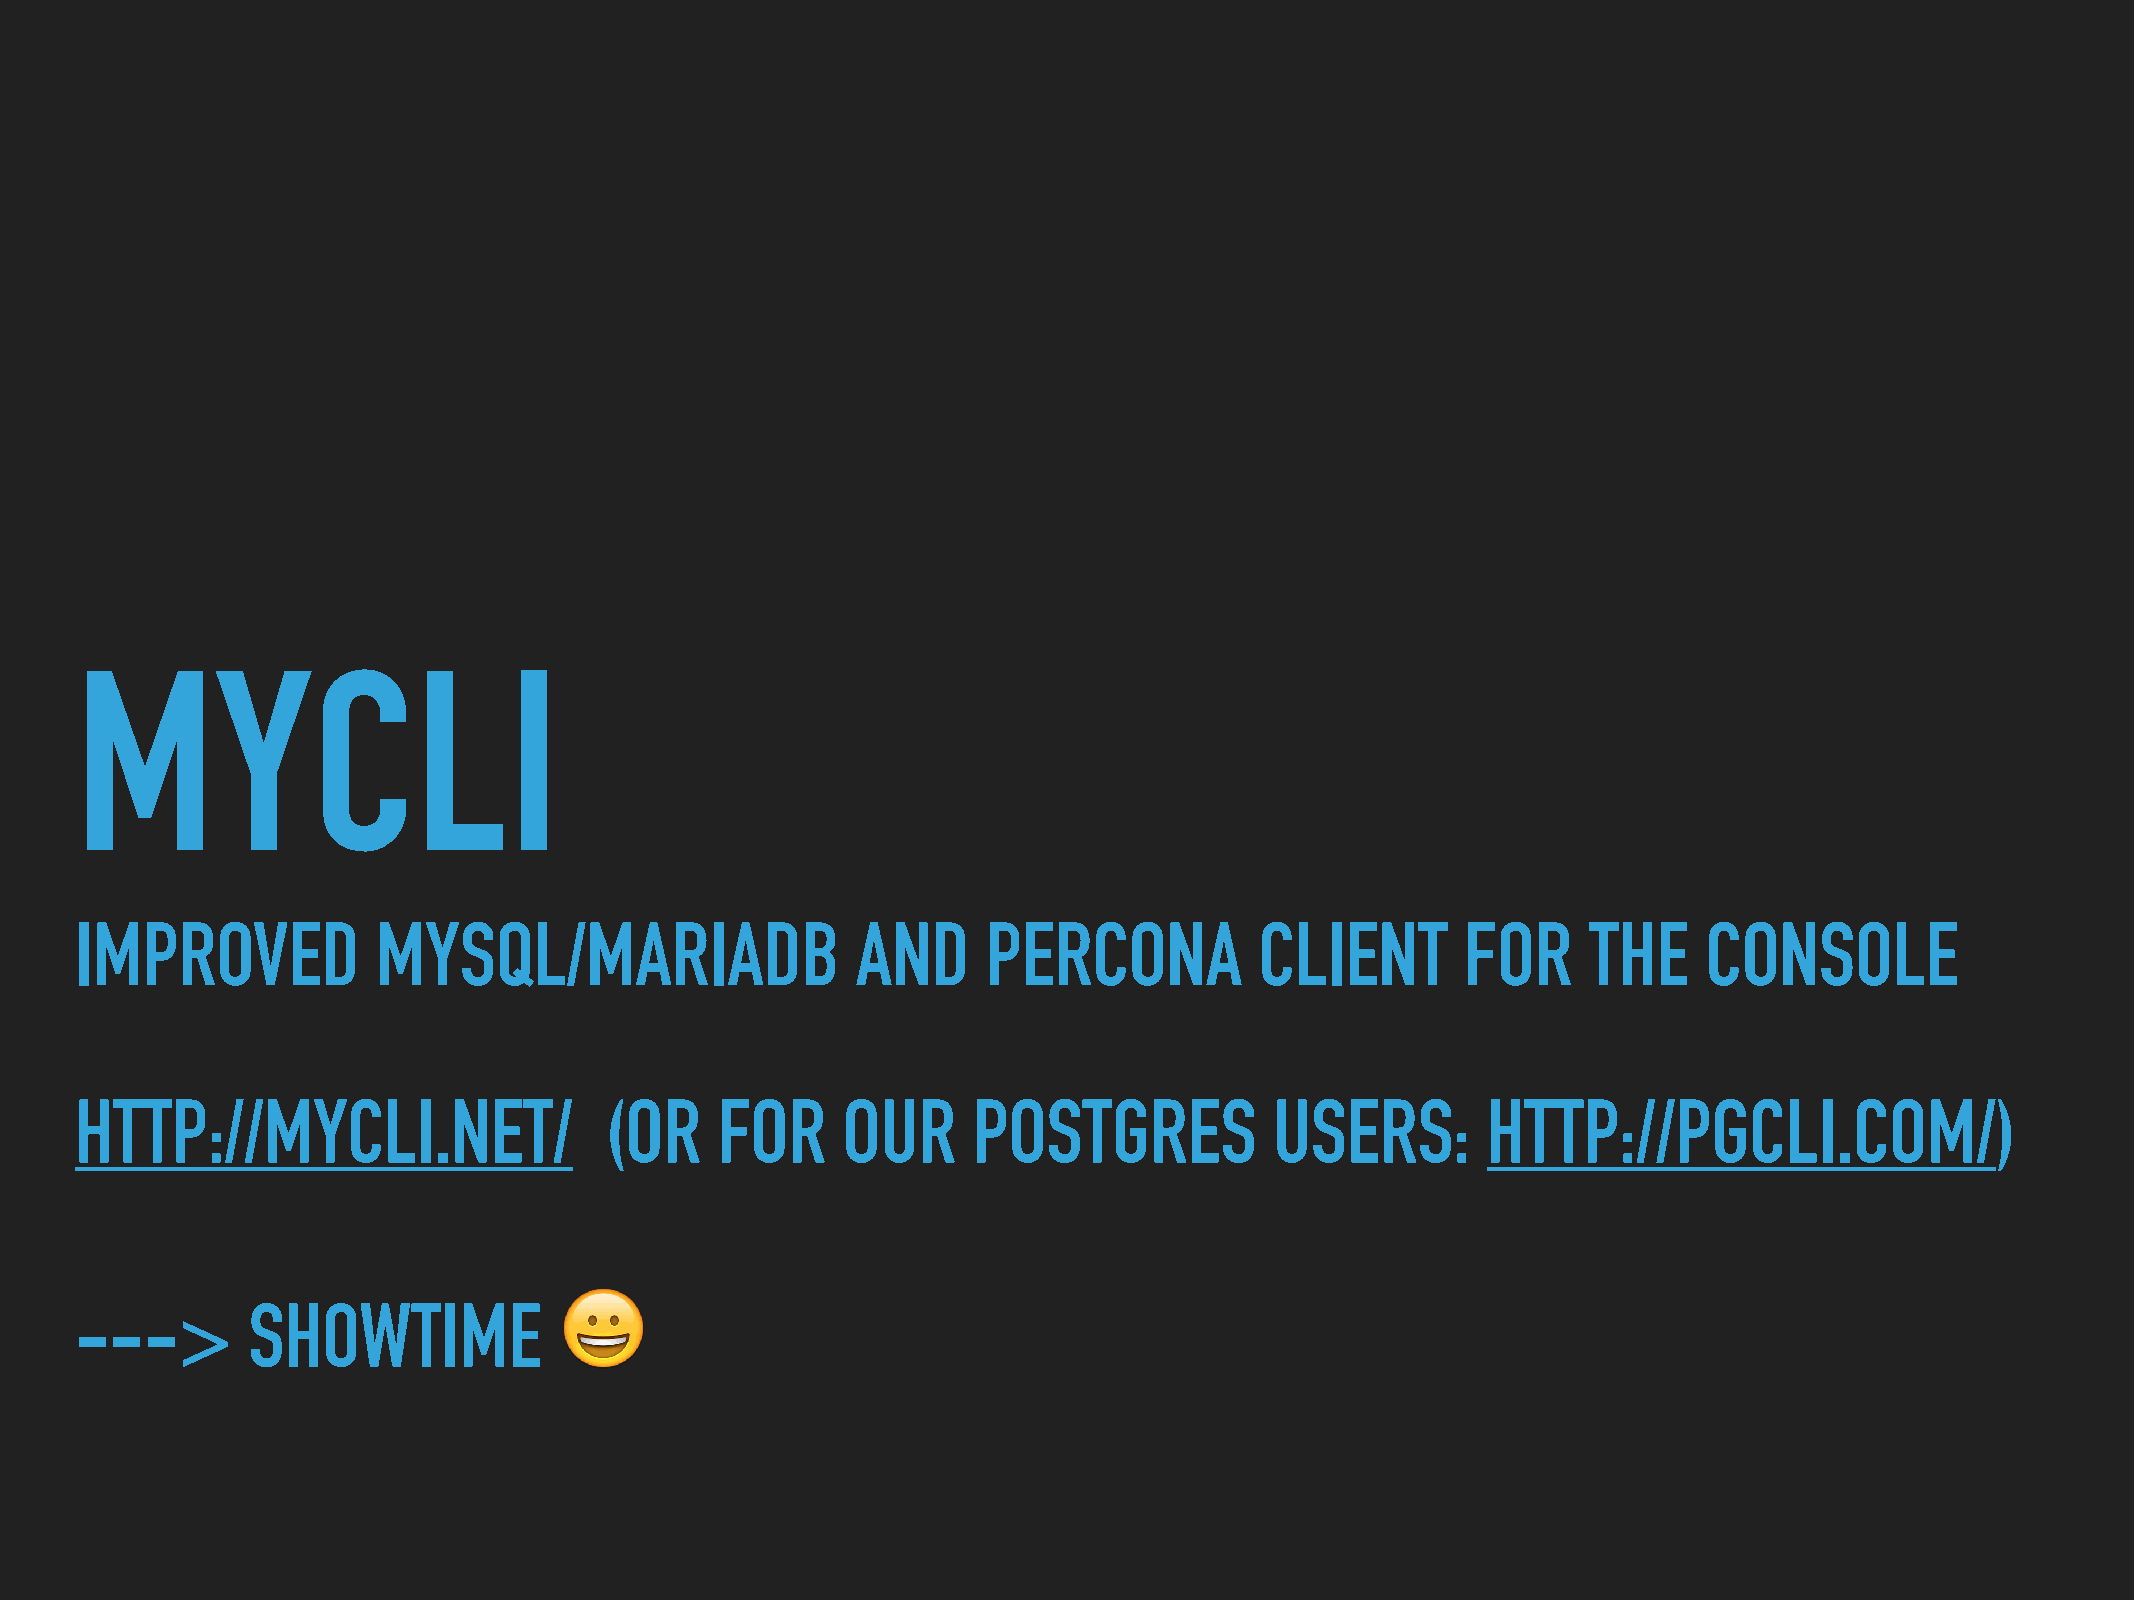
MYCLI
 IMPROVED            MYSQL/MARIADB                   AND     PERCONA           CLIENT        FOR     THE     CONSOLE
 HTTP://MYCLI.NET/                  (OR    FOR      OUR     POSTGRES            USERS:        HTTP://PGCLI.COM/)
 --->       SHOWTIME             😀